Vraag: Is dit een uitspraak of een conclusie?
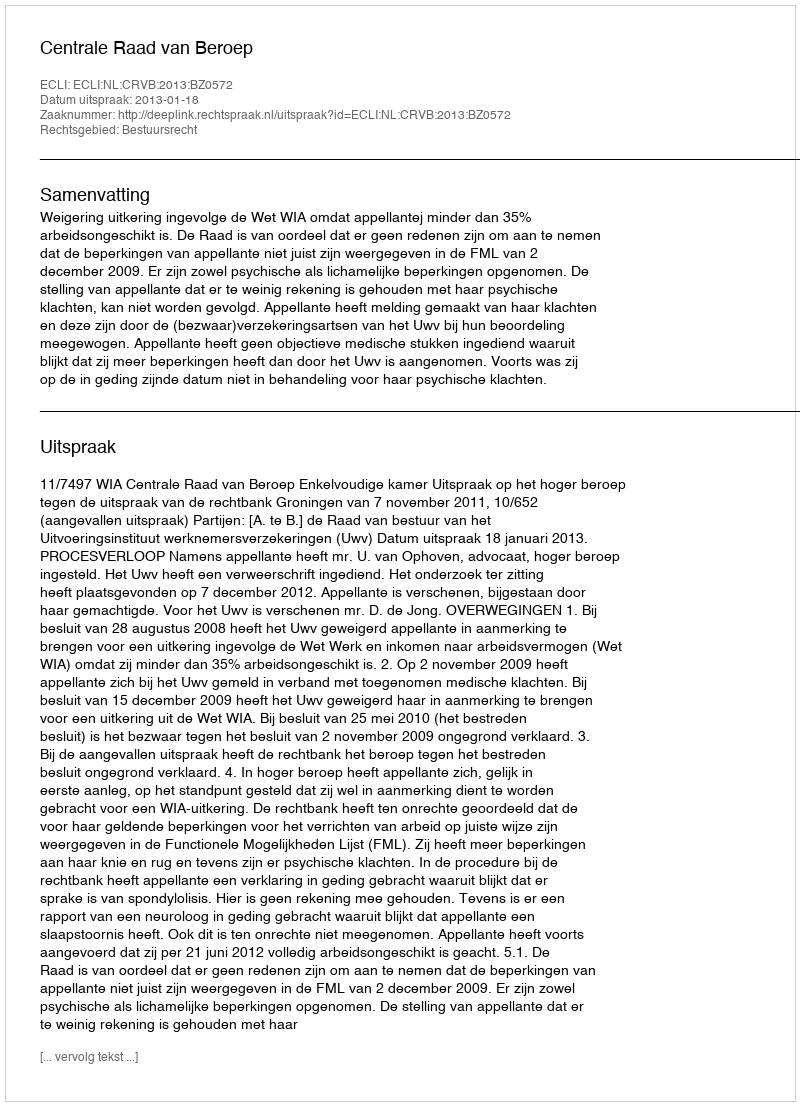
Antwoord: Uitspraak